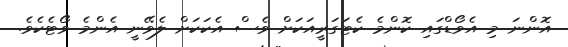
އޮންނަ މި އެވޯޑްގައި ކޮންމެ ކެޓަގަރީއަކަށް ވެސް އެކަކަށް ލެވޭނީ އެންމެ ވޯޓެކެވެ.